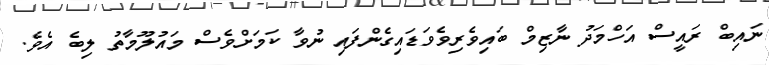
ނައިބް ރައީސް އަހްމަދު ނާޒިމް ބައިވެރިވެވަޑައިގެންފައި ނުވާ ކަމަށްވެސް މައުލޫމާތު ލިބެ އެވެ.